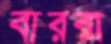
বাররা